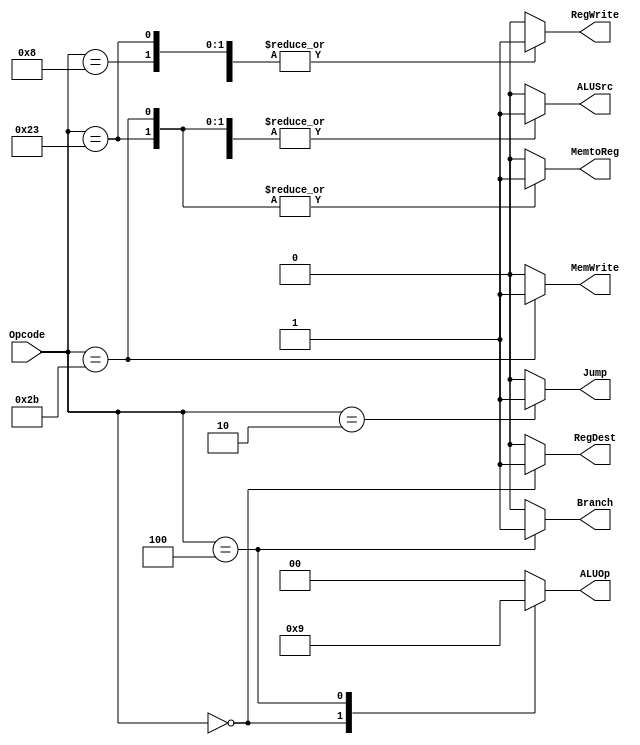
module main_control(
input [5:0] Opcode,
output reg Jump,
output reg MemWrite,
output reg RegWrite,
output reg RegDest,
output reg ALUSrc,
output reg MemtoReg,
output reg Branch,
output reg[1:0]ALUOp
);
always@*
begin
case(Opcode)
6'b100011:   //lw
begin
 Jump=0;
 MemWrite=0;
 RegWrite=1;
 RegDest=0;
 ALUSrc=1;
 MemtoReg=1;
 Branch=0;
 ALUOp=2'b00;
end
6'b101011:   //sw
begin
 Jump=0;
 MemWrite=1;
 RegWrite=0;
 RegDest=0;
 ALUSrc=1;
 MemtoReg=1;
 Branch=0;
 ALUOp=2'b00;
end
6'b000000:   //R TYPE
begin
 Jump=0;
 MemWrite=0;
 RegWrite=1;
 RegDest=1;
 ALUSrc=0;
 MemtoReg=0;
 Branch=0;
 ALUOp=2'b10;
end
6'b001000:   //addi
begin
 Jump=0;
 MemWrite=0;
 RegWrite=1;
 RegDest=0;
 ALUSrc=1;
 MemtoReg=0;
 Branch=0;
 ALUOp=2'b00;
end
6'b000100:   //beq
begin
 Jump=0;
 MemWrite=0;
 RegWrite=0;
 RegDest=0;
 ALUSrc=0;
 MemtoReg=0;
 Branch=1;
 ALUOp=2'b01;
end
6'b000010:   //jal&j
begin
 Jump=1;
 MemWrite=0;
 RegWrite=0;
 RegDest=0;
 ALUSrc=0;
 MemtoReg=0;
 Branch=0;
 ALUOp=2'b00;
end
default:
begin
 Jump=0;
 MemWrite=0;
 RegWrite=0;
 RegDest=0;
 ALUSrc=0;
 MemtoReg=0;
 Branch=0;
 ALUOp=2'b00;
end
endcase
end

endmodule